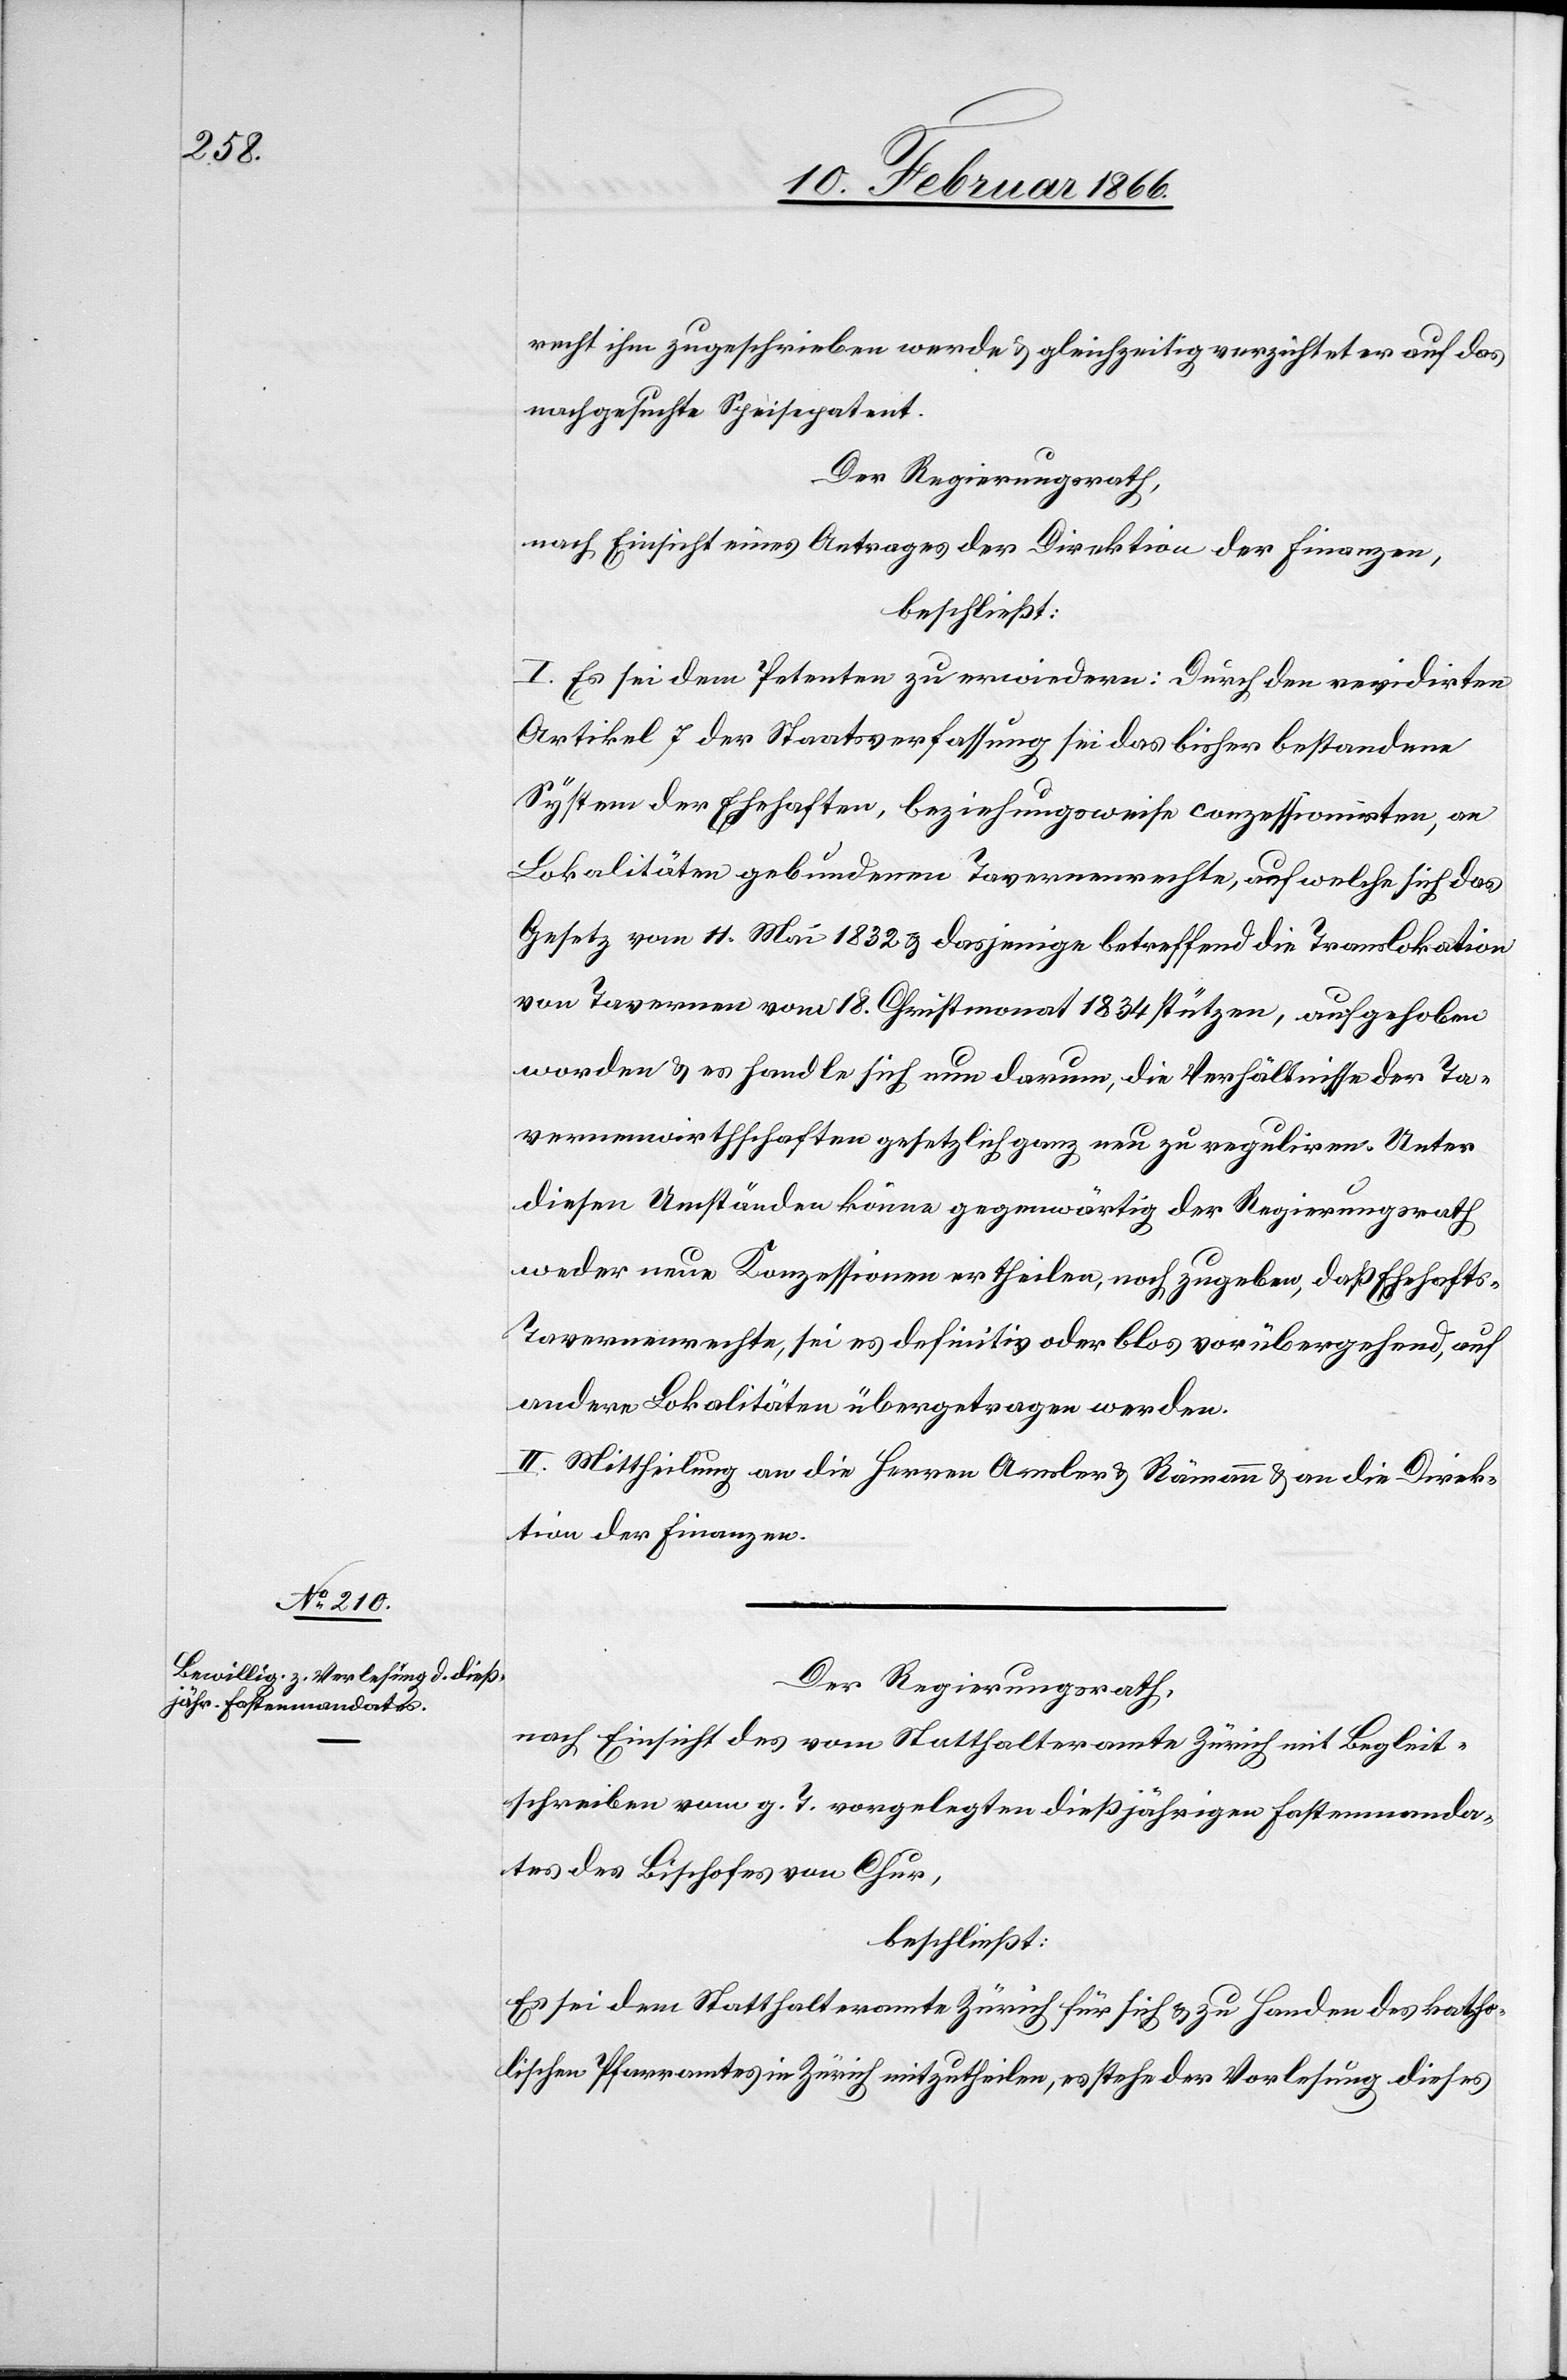
recht ihm zugeschrieben werde u. gleichzeitig verzichtet er auf das
nachgesuchte Speisepatent.
Der Regierungsrath,
nach Einsicht eines Antrages der Direktion der Finanzen,
beschließt:
I. Es sei dem Petenten zu erwiedern: Durch den revidirten
Artikel 7 der Staatsverfassung sei das bisher bestehende
System der Ehehaften, beziehungsweise conzessionirten, an
Lokalitäten gebundenen Tavernenrechte, auf welche sich das
Gesetz vom 11. Mai 1832 u. dasjenige betreffend die Translokation
von Tavernen vom 18. Christmonat 1834 stützen, aufgehoben
worden u. es handle sich nun darum, die Verhältnisse der Ta¬
vernenwirthschaften gesetzlich ganz neu zu reguliren. Unter
diesen Umständen könne gegenwärtig der Regierungsrath
weder neue Konzessionen ertheilen, noch zugeben, daß Ehehafts-T¬
avernenrechte, sei es definitiv oder blos vorübergehend, auf
andere Lokalitäten übergetragen werden.
II. Mittheilung an die Herren Amsler u. Römann u. an die Direk¬
tion der Finanzen.
Der Regierungsrath,
nach Einsicht des vom Statthalteramte Zürich mit Begleit¬
schreiben vom g. T. vorgelegten dießjährigen Kostenmanda¬
tes des Bischofs von Chur,
beschließt:
Es sei dem Statthalteramte Zürich für sich u. zu Handen des katho¬
lischen Pfarramtes in Zürich mitzutheilen, es stehe der Vorlesung dieses